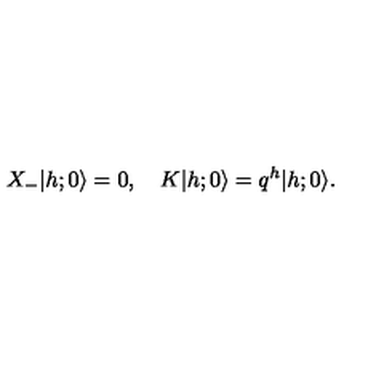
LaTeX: X _ { - } \vert h ; 0 \rangle = 0 , \quad K \vert h ; 0 \rangle = q ^ { h } \vert h ; 0 \rangle .